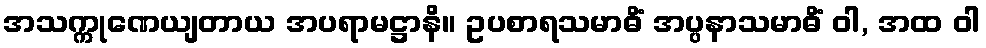
အသက္ကုဏေယျတာယ အပရာမဋ္ဌာနိ။ ဥပစာရသမာဓိံ အပ္ပနာသမာဓိံ ဝါ, အထ ဝါ